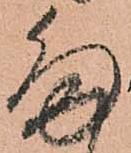
ま